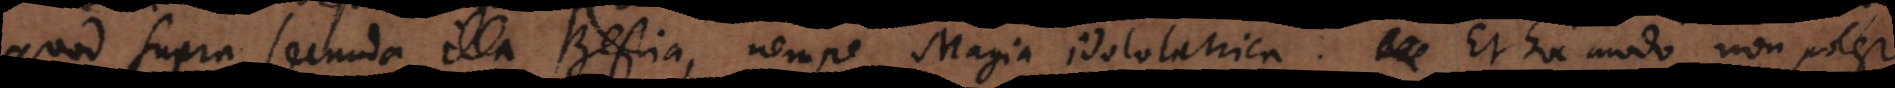
quod supra secunda illa Bestia, nempe Magia idololatrica. Et hoc modo non potest